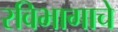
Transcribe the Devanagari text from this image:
रविभागाचे